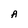
Character: A